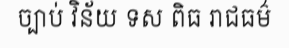
ច្បាប់ វិន័យ ទស ពិធ រាជធម៌